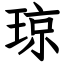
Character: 琼